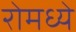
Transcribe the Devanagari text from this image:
रोमध्ये